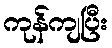
ကုန်ကျပြီး